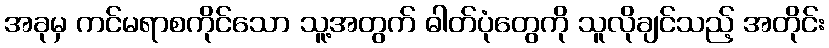
အခုမှ ကင်မရာစကိုင်သော သူ့အတွက် ဓါတ်ပုံတွေကို သူလိုချင်သည့် အတိုင်း